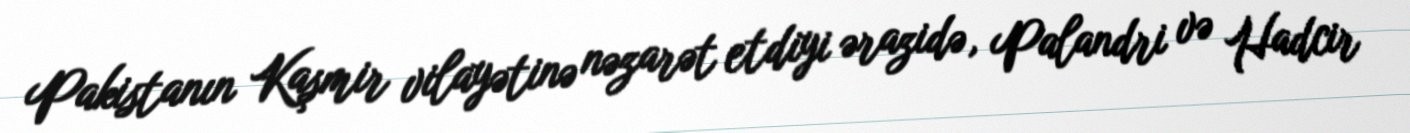
Pakistanın Kaşmir vilayətinə nəzarət etdiyi ərazidə, Palandri və Hadcir